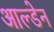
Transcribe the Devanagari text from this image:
आल्डेन